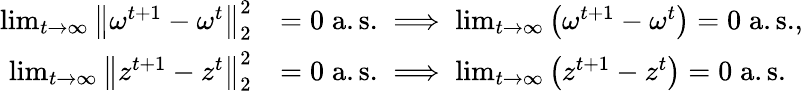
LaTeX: \begin{array}{rl}{\operatorname*{lim}_{t\rightarrow\infty}\left\| \omega^{t+1}-\omega^{t}\right\| _{2}^{2}}&{=0\; \mathrm{a.s.}\implies\operatorname*{lim}_{t\rightarrow\infty}\left(\omega^{t+1}-\omega^{t}\right)=0\; \mathrm{a.s.},}\\ {\operatorname*{lim}_{t\rightarrow\infty}\left\| z^{t+1}-z^{t}\right\| _{2}^{2}}&{=0\; \mathrm{a.s.}\implies\operatorname*{lim}_{t\rightarrow\infty}\left(z^{t+1}-z^{t}\right)=0\; \mathrm{a.s.}}\end{array}